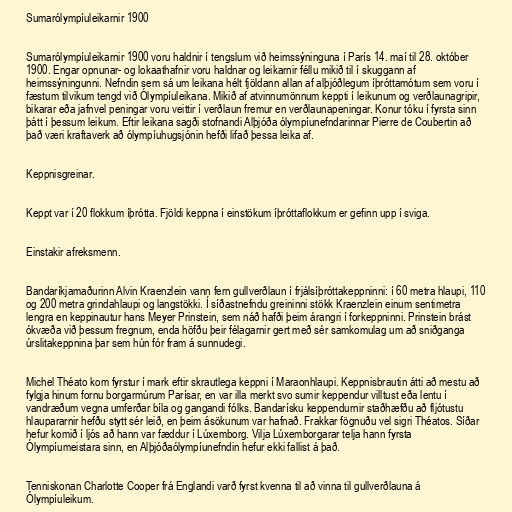
Sumarólympíuleikarnir 1900

Sumarólympíuleikarnir 1900 voru haldnir í tengslum við heimssýninguna í París 14. maí til 28. október
1900. Engar opnunar- og lokaathafnir voru haldnar og leikarnir féllu mikið til í skuggann af
heimssýningunni. Nefndin sem sá um leikana hélt fjöldann allan af alþjóðlegum íþróttamótum sem voru í
fæstum tilvikum tengd við Ólympíuleikana. Mikið af atvinnumönnum keppti í leikunum og verðlaunagripir,
bikarar eða jafnvel peningar voru veittir í verðlaun fremur en verðlaunapeningar. Konur tóku í fyrsta sinn
þátt í þessum leikum. Eftir leikana sagði stofnandi Alþjóða ólympíunefndarinnar Pierre de Coubertin að
það væri kraftaverk að ólympíuhugsjónin hefði lifað þessa leika af.

Keppnisgreinar.

Keppt var í 20 flokkum íþrótta. Fjöldi keppna í einstökum íþróttaflokkum er gefinn upp í sviga.

Einstakir afreksmenn.

Bandaríkjamaðurinn Alvin Kraenzlein vann fern gullverðlaun í frjálsíþróttakeppninni: í 60 metra hlaupi, 110
og 200 metra grindahlaupi og langstökki. Í síðastnefndu greininni stökk Kraenzlein einum sentimetra
lengra en keppinautur hans Meyer Prinstein, sem náð hafði þeim árangri í forkeppninni. Prinstein brást
ókvæða við þessum fregnum, enda höfðu þeir félagarnir gert með sér samkomulag um að sniðganga
úrslitakeppnina þar sem hún fór fram á sunnudegi.

Michel Théato kom fyrstur í mark eftir skrautlega keppni í Maraonhlaupi. Keppnisbrautin átti að mestu að
fylgja hinum fornu borgarmúrum Parísar, en var illa merkt svo sumir keppendur villtust eða lentu í
vandræðum vegna umferðar bíla og gangandi fólks. Bandarísku keppendurnir staðhæfðu að fljótustu
hlaupararnir hefðu stytt sér leið, en þeim ásökunum var hafnað. Frakkar fögnuðu vel sigri Théatos. Síðar
hefur komið í ljós að hann var fæddur í Lúxemborg. Vilja Lúxemborgarar telja hann fyrsta
Ólympíumeistara sinn, en Alþjóðaólympíunefndin hefur ekki fallist á það.

Tenniskonan Charlotte Cooper frá Englandi varð fyrst kvenna til að vinna til gullverðlauna á
Ólympíuleikum.